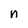
Character: n